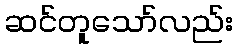
ဆင်တူသော်လည်း